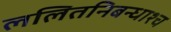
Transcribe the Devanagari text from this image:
ललितनिबन्धाश्च